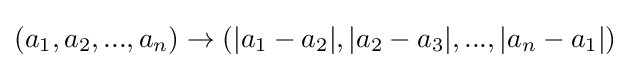
(a_{1},a_{2},...,a_{n})\rightarrow (|a_{1}-a_{2}|,|a_{2}-a_{3}|,...,|a_{n}-a_{1}|)